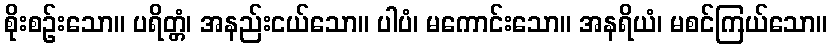
စိုးစဉ်းသော။ ပရိတ္တံ၊ အနည်းငယ်သော။ ပါပံ၊ မကောင်းသော။ အနရိယံ၊ မစင်ကြယ်သော။